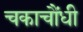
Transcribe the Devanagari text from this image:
चकाचौंधी